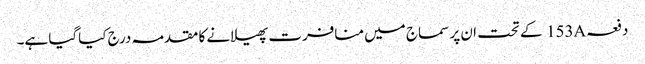
دفعہ153A کے تحت ان پر سماج میں منافرت پھیلانے کا مقدمہ درج کیاگیا ہے۔